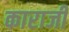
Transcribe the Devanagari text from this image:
काराजी